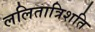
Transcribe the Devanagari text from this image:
ललितात्रिशति